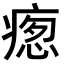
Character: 𭼚